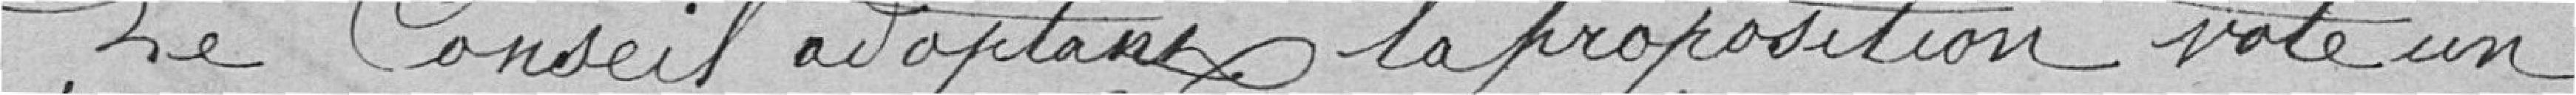
Le Conseil Municipal adaptant la proposition vote un